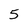
Character: 5